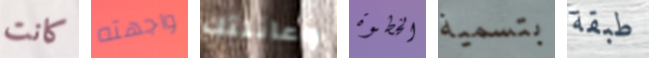
كانت واجهته وعائلتك الخطوة بتسمية طبقة